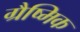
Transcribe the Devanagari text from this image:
ग्रैष्मिक